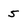
Character: 5